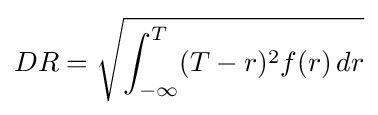
DR={\sqrt {\int _{-\infty }^{T}(T-r)^{2}f(r)\,dr}}